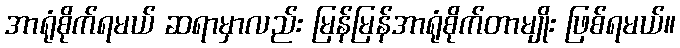
အာရုံစိုက်ရမယ် ဆရာမှာလည်း မြန်မြန်အာရုံစိုက်တာမျိုး ဖြစ်ရမယ်။